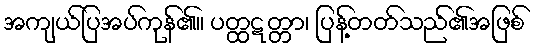
အကျယ်ပြအပ်ကုန်၏။ ပတ္ထဋတ္တာ၊ ပြန့်တတ်သည်၏အဖြစ်